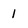
Character: 1